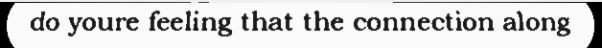
do youre feeling that the connection along